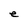
Character: e